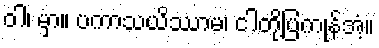
ဝါ၊ မှာ။ ပကာသယိဿာမ၊ ငါတို့ပြကုန်အံ့။